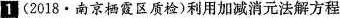
1(2018·南京栖霞区质检）利用加减消元法解方程